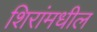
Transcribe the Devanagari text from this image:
शिरांमधील